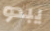
يبدو